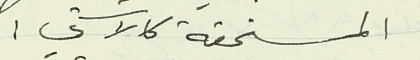
المستحقة كالآتي :